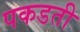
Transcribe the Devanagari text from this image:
पकडती